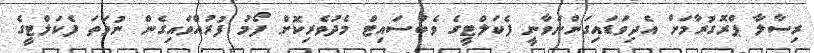
ރިސާލާ ޕްރޮގުރާމަށް އެދިވަޑައިގަންނަވާނީ ފެކަލްޓީގެ ވެބްސައިޓް މެދުވެރިކޮށް ފޯމު ފުރުއްވައިގެން ނުވަތަ ފެކަލްޓީގެ